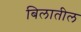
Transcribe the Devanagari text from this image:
बिलातील